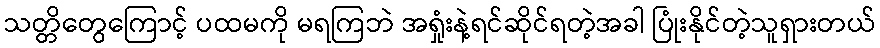
သတ္တိတွေကြောင့် ပထမကို မရကြဘဲ အရှုံးနဲ့ရင်ဆိုင်ရတဲ့အခါ ပြုံးနိုင်တဲ့သူရှားတယ်